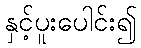
နှင့်ပူးပေါင်း၍